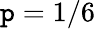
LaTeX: \mathtt{p}=1/6